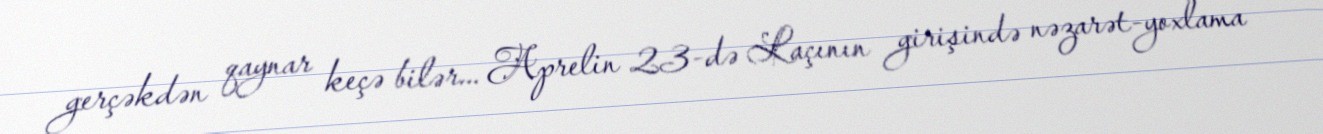
gerçəkdən qaynar keçə bilər... Aprelin 23-də Laçının girişində nəzarət-yoxlama